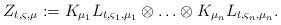
LaTeX: \begin{align*} Z_{t,\varsigma,\mu}:=K_{\mu_{1}}L_{t,\varsigma_{1},\mu_{1}}\otimes\ldots\otimes K_{\mu_{n}}L_{t,\varsigma_{n},\mu_{n}}.\end{align*}